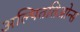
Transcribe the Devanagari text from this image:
अल्पिततिओन्स